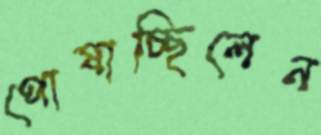
পোষাচ্ছিলেন